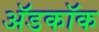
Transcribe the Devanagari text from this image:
अॅडकॉक